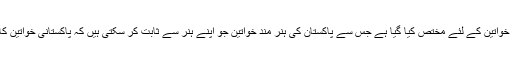
اس لون کا 25%حصہ خواتین کے لئے مختص کیا گیا ہے جس سے پاکستان کی ہنر مند خواتین جو اپنے ہنر سے ثابت کر سکتی ہیں کہ پاکستانی خواتین کا مقابلہ کر نا آسان نہیں۔